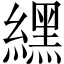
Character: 𦄿